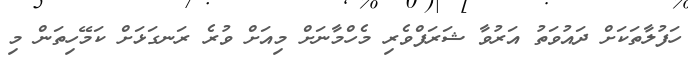
ހަފުލާތަކަށް ދައުވަތު އަރުވާ ޝަރަފްވެރި މެހްމާނަށް މިއަށް ވުރެ ރަނގަޅަށް ކަމޭހިތަން މި